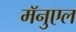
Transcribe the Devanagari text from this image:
मॅनुएल